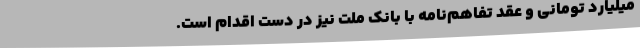
میلیارد تومانی و عقد تفاهم‌نامه با بانک ملت نیز در دست اقدام است.